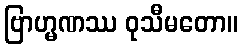
ဗြာဟ္မဏဿ ဝုသီမတော။